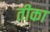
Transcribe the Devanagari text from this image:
तीका